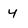
Character: 4